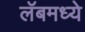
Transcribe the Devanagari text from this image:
लॅबमध्ये